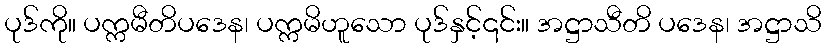
ပုဒ်ကို။ ပက္ကမီတိပဒေန၊ ပက္ကမိဟူသော ပုဒ်နှင့်၎င်း။ အဋ္ဌာသီတိ ပဒေန၊ အဋ္ဌာသိ